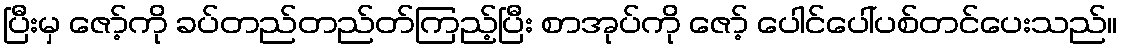
ပြီးမှ ဇော့်ကို ခပ်တည်တည်တ်ကြည့်ပြီး စာအုပ်ကို ဇော့် ပေါင်ပေါ်ပစ်တင်ပေးသည်။